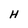
Character: H